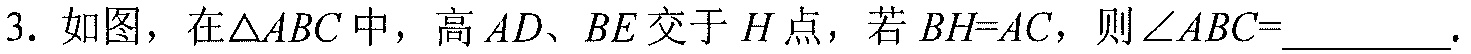
3. 如图，在\(\triangle ABC\)中，高\(AD、BE\)交于\(H\)点，若\(BH = AC\)，则\(\angle ABC=\underline{\quad\quad}\).